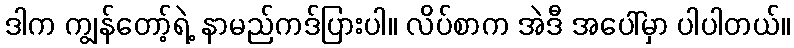
ဒါက ကျွန်တော့်ရဲ့ နာမည်ကဒ်ပြားပါ။ လိပ်စာက အဲဒီ အပေါ်မှာ ပါပါတယ်။